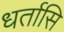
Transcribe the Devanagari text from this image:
धर्तासि